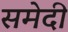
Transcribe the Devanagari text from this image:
समेदी